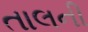
તાલની